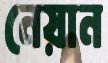
নেয়ান